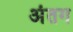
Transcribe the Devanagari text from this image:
अंतग